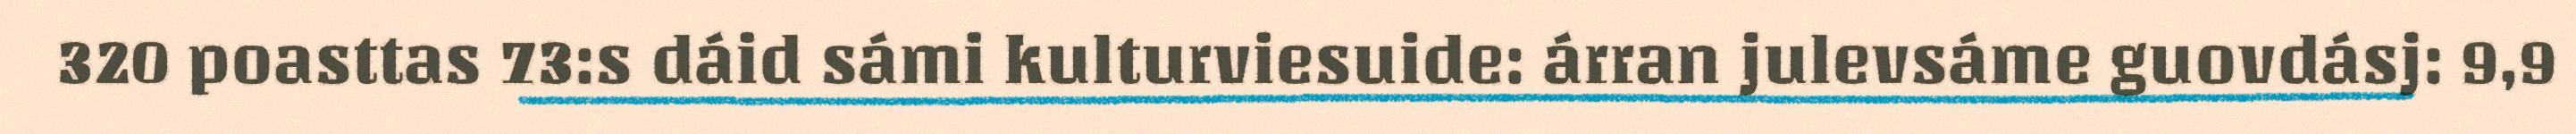
320 poasttas 73:s dáid sámi kulturviesuide: árran julevsáme guovdásj: 9,9